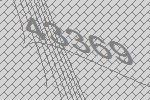
43369